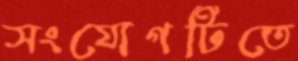
সংযোগটিতে